Report on sanitation, dispensaries, and jails in Rajputana for 1911, and on vaccination for the year 1911-1912 - 1911-1912
Year: 1911
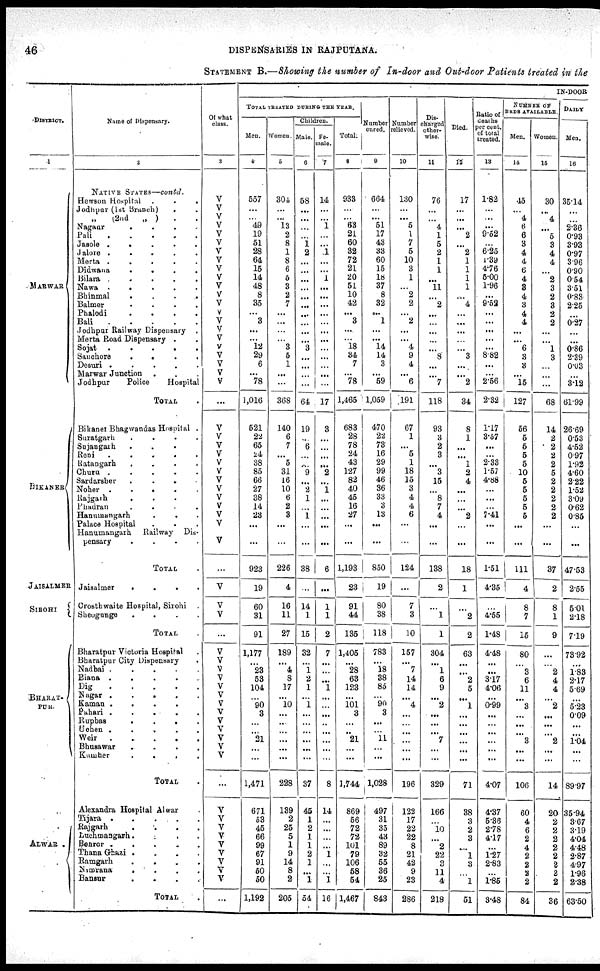
46
DISPENSARIES IN RAJPUTANA.
STATEMENT B.—Showing the number of In-door and Out-door Patients treated in the
DISTRICT.
1
MARWAR
BIKANER
JAISALMER
SIROHI
BHARAT¬
PUR.
ALWAR .
Name of Dispensary.
2
NATIVE STATES—contd.
Hewson Hospital .
.
.
Jodhpur (1st Branch) . .
„ (2nd
„ ) . .
Nagaur
.
.
.
.
Pali
.
.
.
.
.
Jasole . . . . . .
Jalore .
.
.
.
.
Merta
.
.
.
.
.
Didwana . . . . .
Bilara
. . . .
Nawa .
.
.
.
.
Bhinmal
.
.
.
.
Balmer
.
.
.
.
Phalodi
.
.
.
.
Bali
.
.
.
.
.
Jodhpur Railway Dispensary .
Merta Road Dispensary . .
Sojat
.
.
.
.
.
Sauchore
.
.
.
.
Desuri .
.
.
.
.
Marwar Junction . . .
Jodhpur
Police
Hospital
TOTAL .
Bikaner Bhagwandas Hospital .
Suratgarh
.
.
.
.
Sujangarh . . . .
Reni
.
.
.
.
.
Ratangarh
.
.
.
.
Churu .
.
.
.
.
Sardarsher . . . .
Noher .
.
.
.
.
Rajgarh
. . . .
Phadran . . . .
Hanumangarh . . .
Palace Hospital . . .
Hanumangarh
Railway Dis-
pensary
.
.
.
.
TOTAL .
Jaisalmer
.
.
.
.
Crosthwaite Hospital, Sirohi .
Sheogunge
.
.
.
.
TOTAL .
Bharatpur Victoria Hospital .
Bharatpur City Dispensary .
Nadbai .
.
.
.
.
Biana .
.
.
.
.
Dig
.
.
.
.
.
Nagar .
.
.
.
.
Kaman .
.
.
.
Pahari .
.
.
.
.
Rupbas
.
.
.
.
Uchen .
.
.
.
.
Weir
.
. .
.
.
.
Bhusawar
.
.
.
.
Kumher
.
.
.
.
TOTAL
Alexandra Hospital Alwar
Tijara .
.
.
.
.
Rajgarh
.
.
.
.
Luchmangarh.
.
. .
Benror
.
.
. .
Thana Ghazi . . . .
Ramgarh
.
.
.
.
Nimrana
.
.
.
.
Bansur
.
.
.
.
TOTAL .
Of what
class.
3
V
V
V
V
V
V
V
V
V
V
V
V
V
V
V
V
V
V
V
V
V
V
...
V
V
V
V
V
V
V
V
V
V
V
V
V
...
V
V
V
...
V
V
V
V
V
V
V
V
V
V
V
V
V
...
V
V
V
V
V
V
V
V
V
...
IN-DOOR
TOTAL TREATED DURING THE YEAR.
Men.
4
557
...
...
49
19
51
28
64
15
14
48
8
35
...
3
...
...
12
29
6
...
78
1,016
521
22
65
24
38
85
66
27
38
14
23
...
...
923
19
60
31
91
1,177
...
23
53
104
...
90
3
...
...
21
...
...
1,471
671
53
45
66
99
67
91
50
50
1,192
Women.
5
304
...
...
13
2
8
1
8
6
5
3
2
7
...
...
...
...
3
5
1
...
...
368
140
6
7
...
5
31
16
10
6
2
3
...
...
226
4
16
11
27
189
...
4
8
17
...
10
...
...
...
...
...
...
228
139
2
25
5
1
9
14
8
2
205
Children.
Male.
6
58
...
...
...
...
1
2
...
...
...
4
...
...
...
...
...
...
3
...
...
...
...
64
19
...
6
...
...
9
...
2
1
...
1
...
...
38
...
14
1
15
32
...
1
2
1
...
1
...
...
...
...
...
...
37
45
1
2
1
1
2
1
...
1
54
Fe-
male.
7
14
...
...
1
...
...
1
...
...
1
...
...
...
...
...
...
...
...
...
...
...
...
17
3
...
...
...
...
2
...
1
...
...
...
...
...
6
...
1
1
2
7
...
...
...
1
...
...
...
...
...
...
...
...
8
14
...
...
...
...
1
...
...
1
16
Total.
8
933
...
...
63
21
60
32
72
21
20
51
10
42
...
3
....
...
18
34
7
...
78
1,465
683
28
78
24
43
127
82
40
45
16
27
...
...
1,193
23
91
44
135
1,405
...
28
63
123
...
101
3
...
...
21
...
...
1,744
869
56
72
72
101
79
106
58
54
1,467
Number
cured.
9
664
...
...
51
17
43
33
60
15
18
37
8
32
...
1
...
...
14
14
3
...
59
1,059
470
22
73
16
29
99
46
36
33
3
13
...
...
850
19
80
38
118
783
...
18
38
85
...
90
3
...
...
11
...
...
1,028
497
31
35
43
89
32
55
36
25
843
Number
relieved.
10
130
...
...
5
1
7
5
10
3
1
...
2
2
...
2
...
...
4
9
4
...
6
191
67
1
...
5
1
18
15
3
4
4
6
...
...
124
...
7
3
10
157
...
7
14
14
...
4
...
...
...
...
...
...
196
122
17
22
22
8
21
42
9
23
286
Dis-
charged
other-
wise.
11
76
...
...
4
1
5
2
1
1
...
11
...
2
...
...
...
...
...
8
...
...
7
118
93
3
2
3
...
3
15
...
8
7
4
...
...
138
2
...
1
1
304
...
1
6
9
...
2
...
...
...
7
...
...
329
166
...
10
...
2
22
3
11
4
218
Died.
12
17
...
...
...
2
...
2
1
1
1
1
...
4
...
...
...
...
...
3
...
...
2
34
8
1
...
...
1
2
4
...
...
...
2
...
...
18
1
...
2
2
63
...
...
2
5
...
1
...
...
...
...
...
...
71
38
3
2
3
...
1
3
...
1
51
Ratio of
deaths
per cent.
of total
treated.
13
1.82
...
...
...
9.52
...
6.25
1.39
4.76
5.00
1.96
...
9.52
...
...
...
...
...
8.82
...
...
2.56
2.32
1.17
3.57
...
...
2.33
1.57
4.88
...
...
...
7.41
...
...
1.51
4.35
...
4.55
1.48
4.48
...
...
3.17
4.06
...
0.99
...
...
...
...
...
...
4.07
4.37
5.36
2.78
4.17
...
1.27
2.83
...
1.85
3.48
NUMBER OF
BEDS AVAILABLE.
Men.
14
45
...
4
6
6
3
4
4
6
4
3
4
3
4
4
...
...
6
3
3
...
15
127
56
5
5
5
5
10
5
5
5
5
5
...
...
111
4
8
7
15
80
...
3
6
11
...
3
...
...
...
3
...
...
106
60
4
6
2
4
2
2
2
2
84
Women.
15
30
...
4
...
5
3
4
4
...
2
3
2
3
2
2
...
...
1
3
...
...
...
68
14
2
2
2
2
5
2
2
2
2
2
...
...
37
2
8
1
9
...
...
2
4
4
...
2
...
...
...
2
...
...
14
20
2
2
2
2
2
3
2
2
36
DAILY
Men.
16
35.14
...
...
2.36
0.93
3.93
0.97
3.96
0.90
0.54
3.51
0.83
2.25
...
0.27
...
...
0.86
2.39
0.03
...
3.12
61.99
26.69
0.53
4.52
0.97
1.92
4.60
2.22
1.52
3.09
0.62
0.85
...
...
47.53
2.55
5.01
2.18
7.19
73.92
...
1.83
2.17
5.69
...
5.23
0.09
...
...
1.04
...
...
89.97
35.94
3.67
3.19
4.04
4.48
2.87
4.97
1.96
2.38
63.50